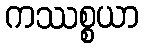
ကဿစ္စယာ